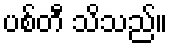
ပစ်တီ သိသည်။